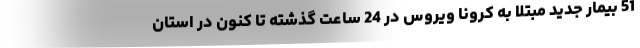
51 بیمار جدید مبتلا به کرونا ویروس در 24 ساعت گذشته تا کنون در استان